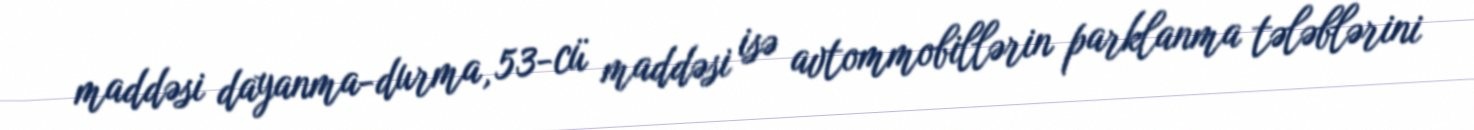
maddəsi dayanma-durma, 53-cü maddəsi isə avtommobillərin parklanma tələblərini